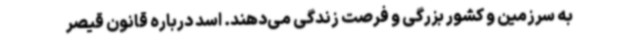
به سرزمین و کشور بزرگی و فرصت زندگی می‌دهند. اسد درباره قانون قیصر